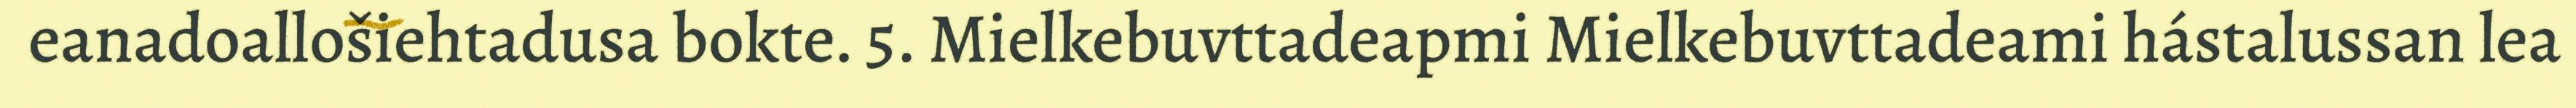
eanadoallošiehtadusa bokte. 5. Mielkebuvttadeapmi Mielkebuvttadeami hástalussan lea